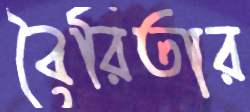
বৈরিতার